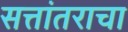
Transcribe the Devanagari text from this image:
सत्तांतराचा